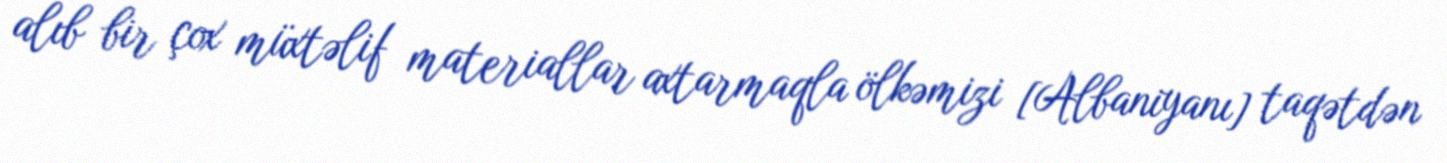
alıb bir çox müxtəlif materiallar axtarmaqla ölkəmizi [Albaniyanı] taqətdən